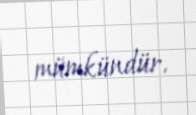
mümkündür.